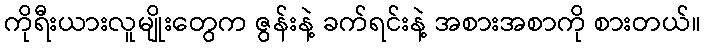
ကိုရီးယားလူမျိုးတွေက ဇွန်းနဲ့ ခက်ရင်းနဲ့ အစားအစာကို စားတယ်။